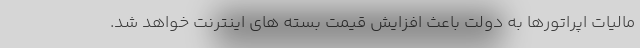
مالیات اپراتورها به دولت باعث افزایش قیمت بسته های اینترنت خواهد شد.